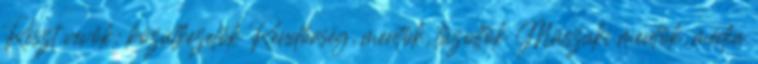
Részt vevők: közútkezelők Rendőrség, mentők, tűzoltók Műszaki mentők, média